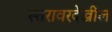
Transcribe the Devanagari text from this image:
स्तरावरदेखील